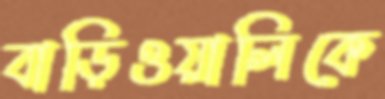
বাড়িওয়ালিকে